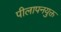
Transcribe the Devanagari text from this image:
पीलापनयुक्त